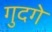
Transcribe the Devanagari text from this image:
गुदगे